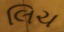
લિચ